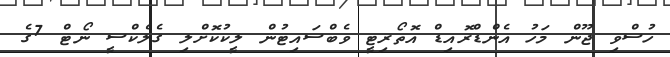
ހުސްވި ޖޫން މަހު އެންޑްރޮއިޑް އޮތޯރިޓީ ވެބްސައިޓުން ލީކުކޮށްލި ގެލެކްސީ ނޯޓް 7ގެ